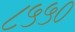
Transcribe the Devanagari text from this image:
८५५०